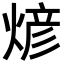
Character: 𬊰